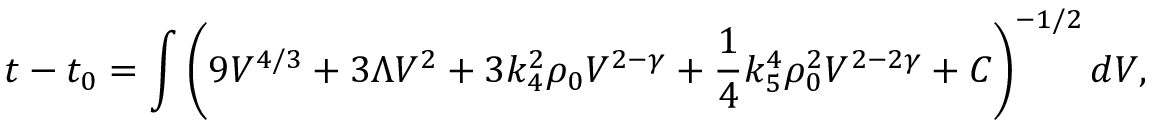
t - t _ { 0 } = \int \left( 9 V ^ { 4 / 3 } + 3 \Lambda V ^ { 2 } + 3 k _ { 4 } ^ { 2 } \rho _ { 0 } V ^ { 2 - \gamma } + \frac 1 4 k _ { 5 } ^ { 4 } \rho _ { 0 } ^ { 2 } V ^ { 2 - 2 \gamma } + C \right) ^ { - 1 / 2 } d V ,